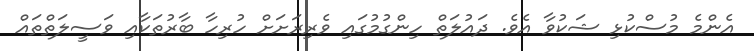
އެންމެ މުސްކުޅި ޝަކުވާ އެވެ. ދައުލަތް ހިންގުމުގައި ވެރިރަށަށް ހުރިހާ ބާރުތަކާއި ވަސީލަތްތައް